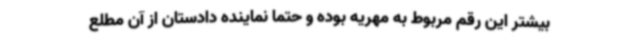
بیشتر این رقم مربوط به مهریه بوده و حتما نماینده دادستان از آن مطلع